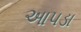
આપડા